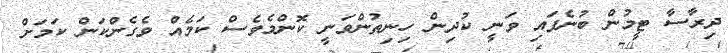
ދިރާސާ ޓީމުން ބުނެފައި ވަނީ ކުދިން ހިނިތުންވަނީ ކޮންމެވެސް ކަމެއް ވެގެންކަން ކަމަށް